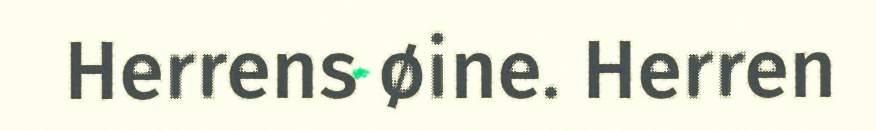
Herrens øine. Herren